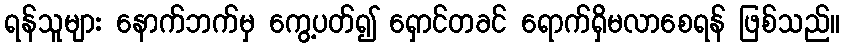
ရန်သူများ နောက်ဘက်မှ ကွေ့ပတ်၍ ရှောင်တခင် ရောက်ရှိမလာစေရန် ဖြစ်သည်။